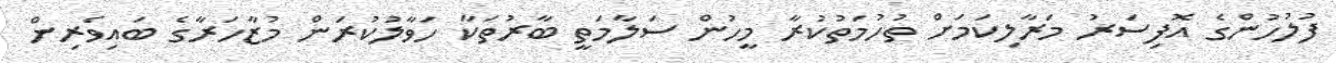
ފުލުހުންގެ އޮފިސަރު މަރާލިކަމަށް ތުހުމަތުކުރާ މީހުން ސަލާމަތީ ބާރުތަކާ ހަވާލުކުރަން މުޒާހަރާގެ ބައިވެރިން